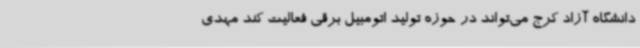
دانشگاه آزاد کرج می‌تواند در حوزه تولید اتومبیل برقی فعالیت کند مهدی